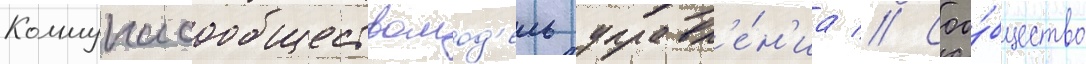
Коммунасообществомод'ель управл'е́н'иа // Соо́бщество